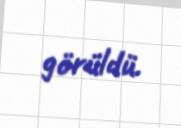
görüldü.